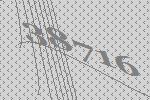
38716